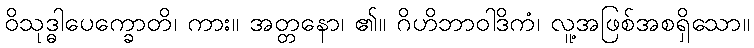
ဝိသုဒ္ဓါပေက္ခောတိ၊ ကား။ အတ္တနော၊ ၏။ ဂိဟိဘာဝါဒိကံ၊ လူ့အဖြစ်အစရှိသော။